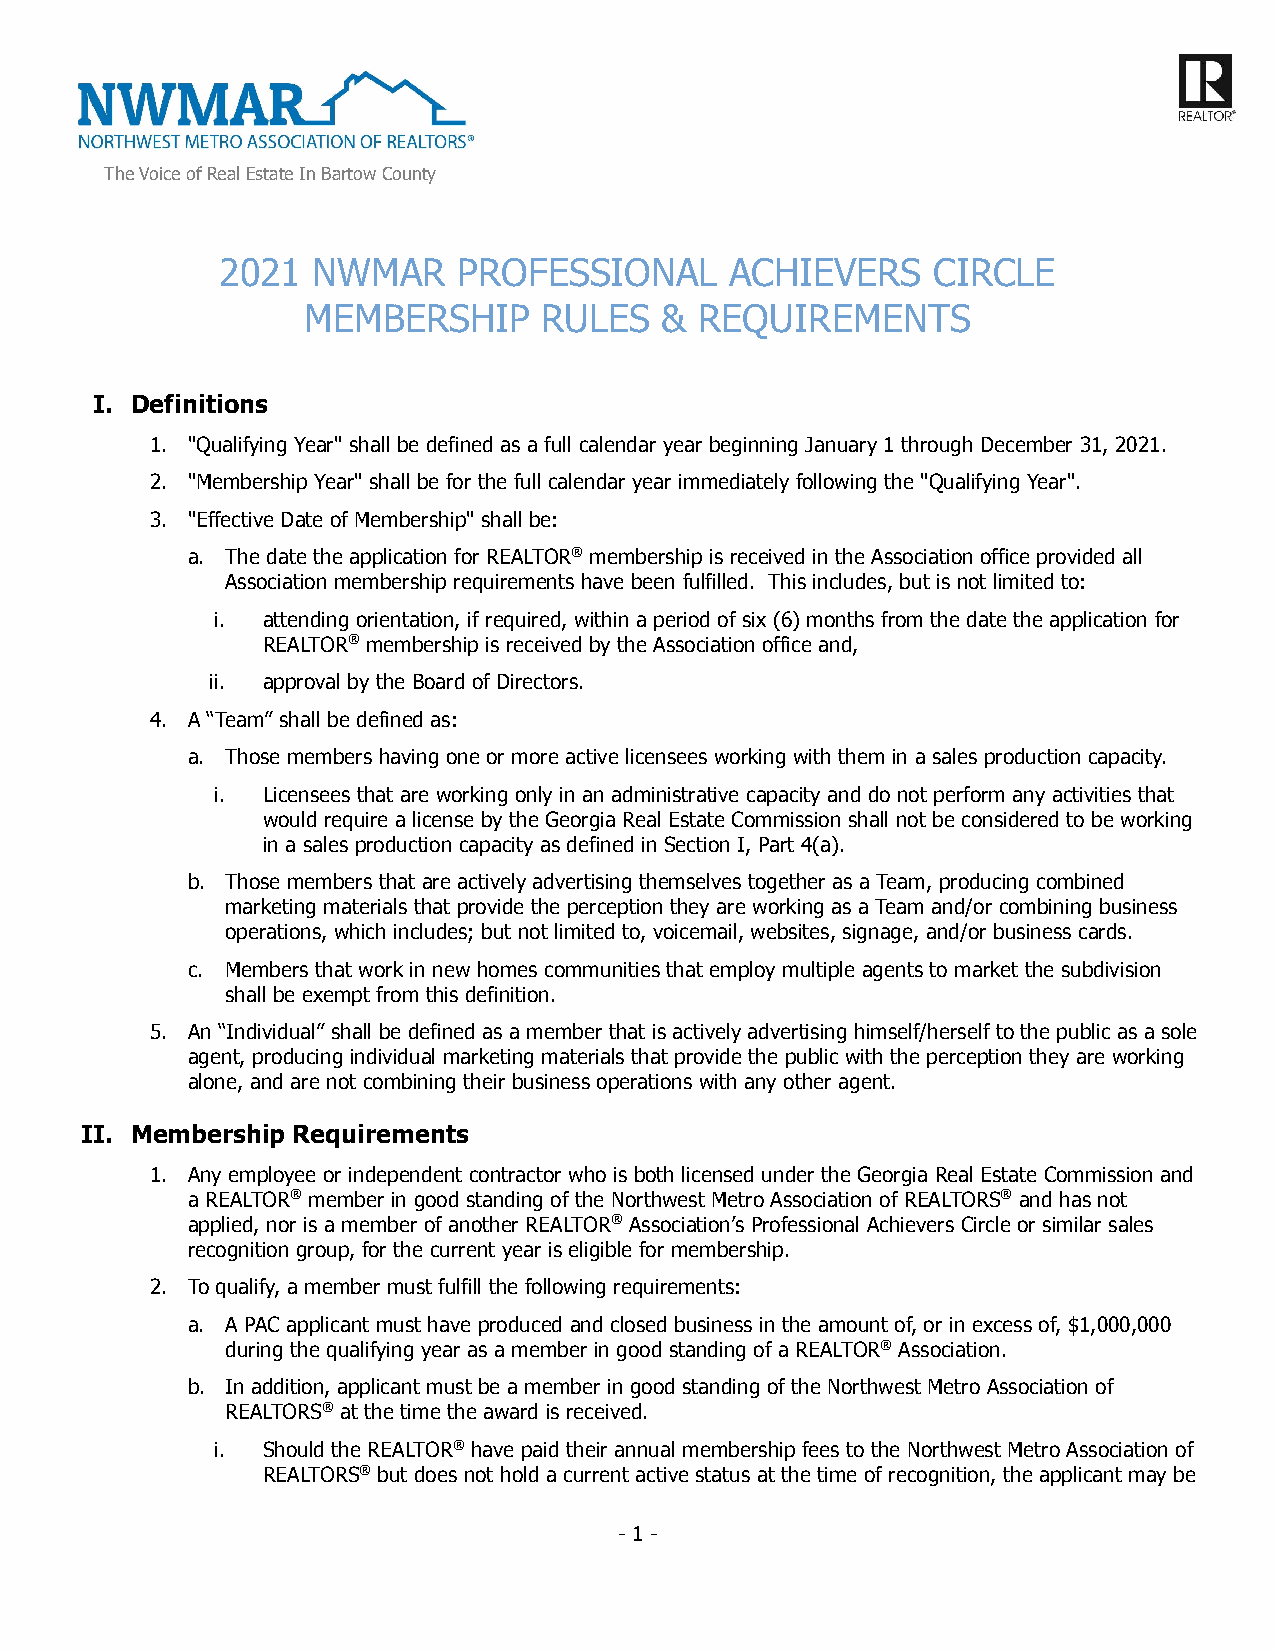
The Voice of Real Estate In Bartow County
 2021  NWMAR    PROFESSIONAL      ACHIEVERS     CIRCLE
 MEMBERSHIP      RULES   & REQUIREMENTS
 I. Definitions
 1. "Qualifying Year" shall be defined as a full calendar year beginning January 1 through December 31, 2021.
 2. "Membership Year" shall be for the full calendar year immediately following the "Qualifying Year".
 3. "Effective Date of Membership" shall be:
 a. The date the application for REALTOR® membership is received in the Association office provided all
 Association membership requirements have been fulfilled. This includes, but is not limited to:
 i. attending orientation, if required, within a period of six (6) months from the date the application for
 REALTOR® membership is received by the Association office and,
 ii. approval by the Board of Directors.
 4. A “Team” shall be defined as:
 a. Those members having one or more active licensees working with them in a sales production capacity.
 i. Licensees that are working only in an administrative capacity and do not perform any activities that
 would require a license by the Georgia Real Estate Commission shall not be considered to be working
 in a sales production capacity as defined in Section I, Part 4(a).
 b. Those members that are actively advertising themselves together as a Team, producing combined
 marketing materials that provide the perception they are working as a Team and/or combining business
 operations, which includes; but not limited to, voicemail, websites, signage, and/or business cards.
 c. Members that work in new homes communities that employ multiple agents to market the subdivision
 shall be exempt from this definition.
 5. An “Individual” shall be defined as a member that is actively advertising himself/herself to the public as a sole
 agent, producing individual marketing materials that provide the public with the perception they are working
 alone, and are not combining their business operations with any other agent.
 II. Membership Requirements
 1. Any employee or independent contractor who is both licensed under the Georgia Real Estate Commission and
 a REALTOR® member in good standing of the Northwest Metro Association of REALTORS® and has not
 applied, nor is a member of another REALTOR® Association’s Professional Achievers Circle or similar sales
 recognition group, for the current year is eligible for membership.
 2. To qualify, a member must fulfill the following requirements:
 a. A PAC applicant must have produced and closed business in the amount of, or in excess of, $1,000,000
 during the qualifying year as a member in good standing of a REALTOR® Association.
 b. In addition, applicant must be a member in good standing of the Northwest Metro Association of
 REALTORS® at the time the award is received.
 i. Should the REALTOR® have paid their annual membership fees to the Northwest Metro Association of
 REALTORS® but does not hold a current active status at the time of recognition, the applicant may be
 - 1 -